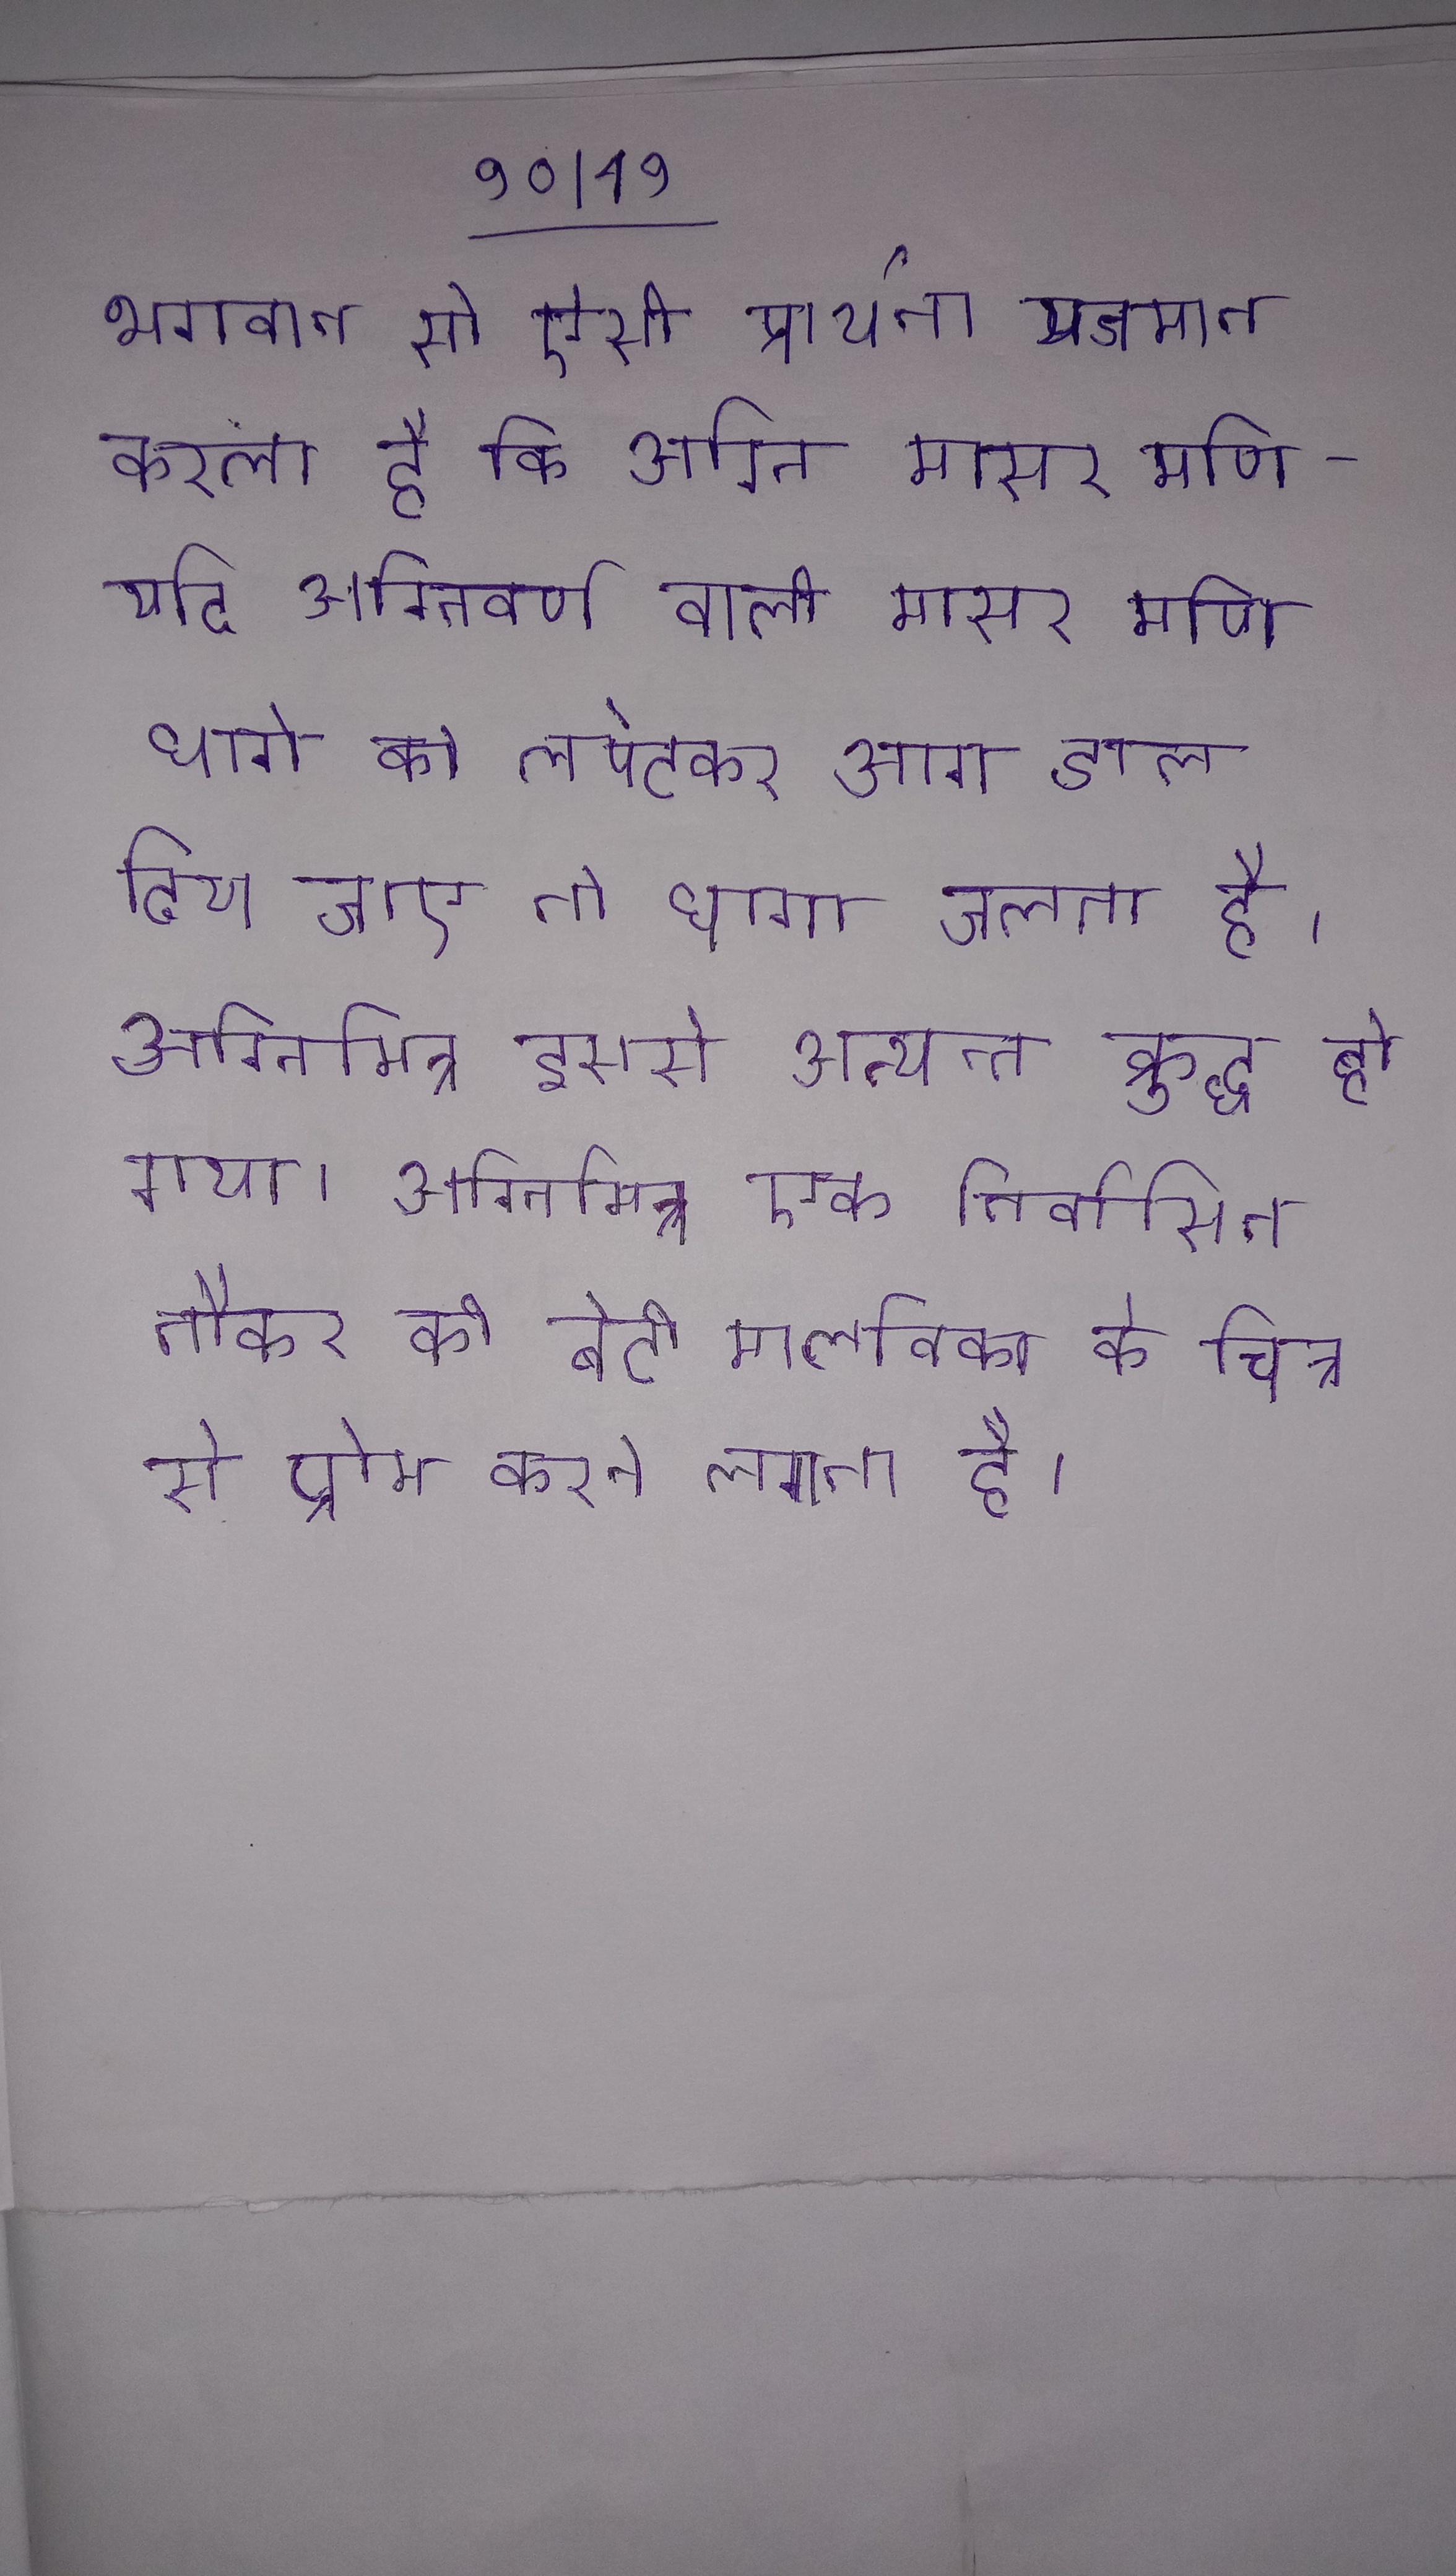
भगवान से ऐसी प्रार्थना यजमान करता है कि अग्नि मासर मणि- यदि अग्निवर्ण वाली मासर मणि धागे को लपेटकर आग डाल दिया जाए तो धागा जलता है । अग्निमित्र इससे अत्यन्त क्रुद्ध हो गया । अग्निमित्र एक निर्वासित नौकर की बेटी मालविका के चित्र से प्रेम करने लगता है ।